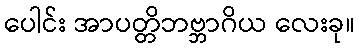
ပေါင်း အာပတ္တိဘဗ္ဘာဂိယ လေးခု။